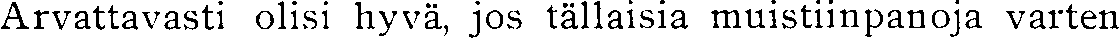
Arvattavasti olisi hyvä, jos tällaisia muistiinpanoja varten